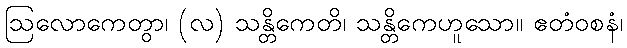
ဩလောကေတွာ၊ (လ) သန္တိကေတိ၊ သန္တိကေဟူသော။ ဧတံဝစနံ၊